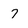
Character: 7